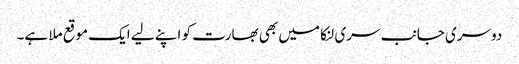
دوسری جانب سری لنکا میں بھی بھارت کو اپنے لیے ایک موقع ملا ہے۔